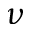
\nu